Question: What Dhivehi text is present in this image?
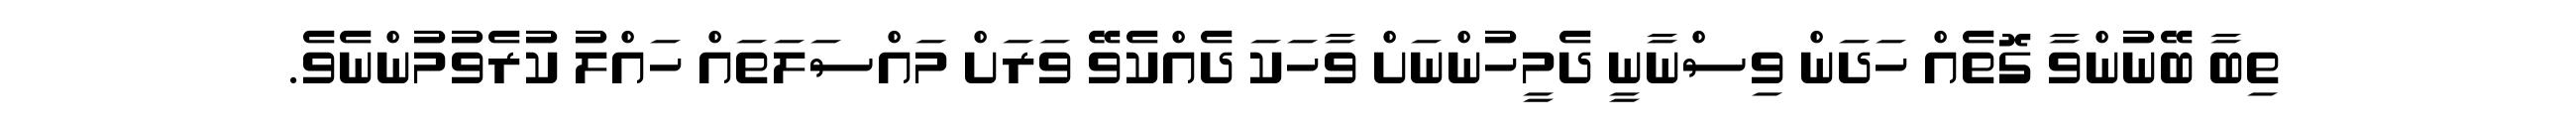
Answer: ތިބާ ބޭނުންވާ ގޮތެއް ހަދަން ވިސްނާނީ ދެމީހުންނަށް ވާހަކަ ދެއްކެވޭ ވަރަށް މައްސަލަތައް ހައްލު ކުރެވުމުންނެވެ.